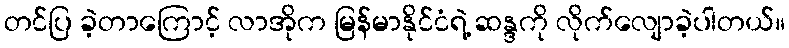
တင်ပြ ခဲ့တာကြောင့် လာအိုက မြန်မာနိုင်ငံရဲ့ ဆန္ဒကို လိုက်လျောခဲ့ပါတယ်။